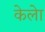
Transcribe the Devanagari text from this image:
केलेा